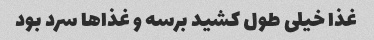
غذا خیلی طول کشید برسه و غذاها سرد بود